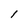
Character: l